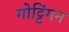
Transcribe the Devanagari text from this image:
गोट्टिंगन